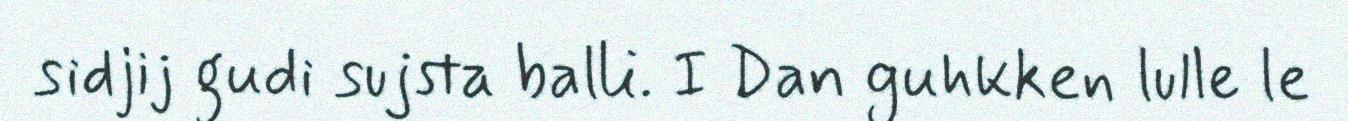
sidjij gudi sujsta balli. I Dan guhkken lulle le